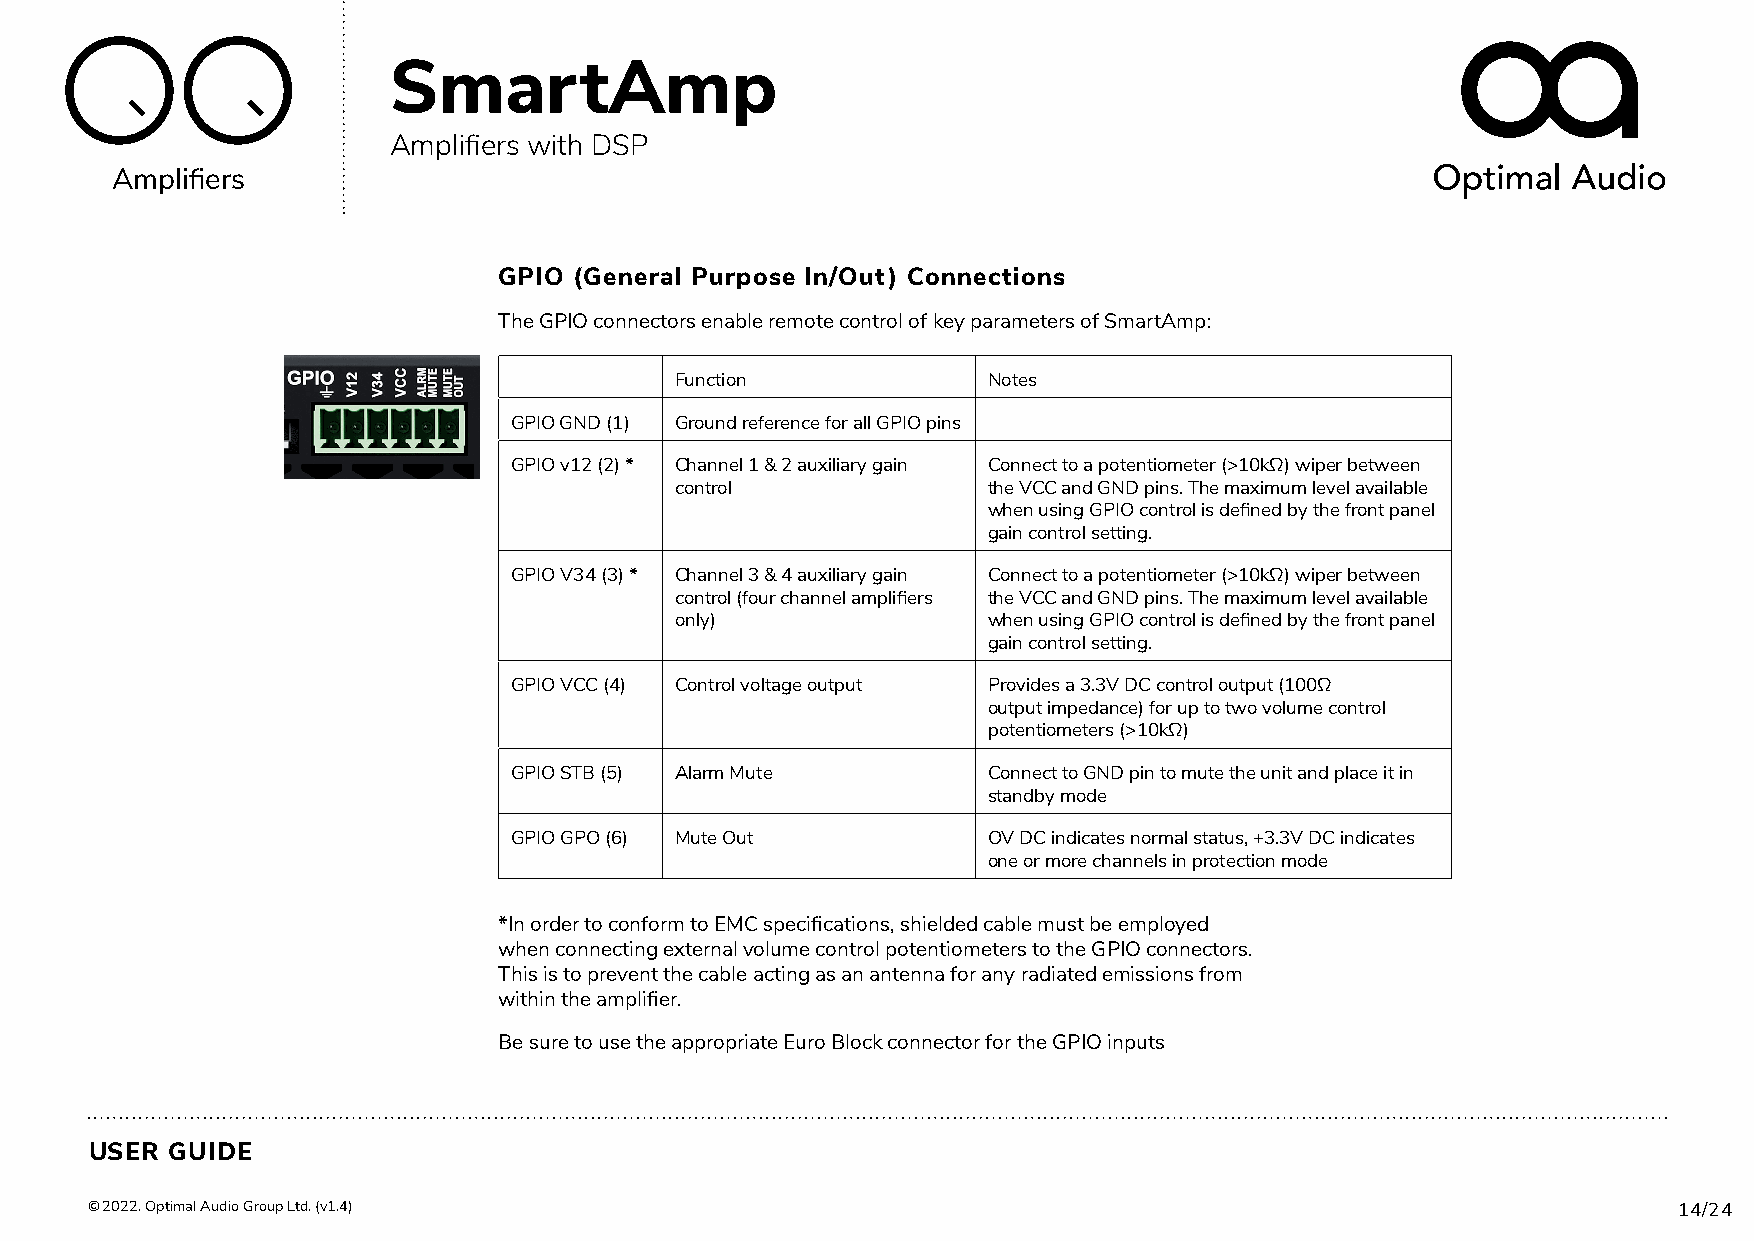
SmartAmp
 Amplifiers with DSP
 Amplifiers
 GPIO (General Purpose In/Out) Connections
 The GPIO connectors enable remote control of key parameters of SmartAmp:
 Function            Notes
 GPIO GND (1) Ground reference for all GPIO pins
 GPIO v12 (2) * Channel 1 & 2 auxiliary gain Connect to a potentiometer (>10kΩ) wiper between
 control             the VCC and GND pins. The maximum level available
 when using GPIO control is defined by the front panel
 gain control setting.
 GPIO V34 (3) * Channel 3 & 4 auxiliary gain Connect to a potentiometer (>10kΩ) wiper between
 control (four channel amplifiers the VCC and GND pins. The maximum level available
 only)               when using GPIO control is defined by the front panel
 gain control setting.
 GPIO VCC (4) Control voltage output Provides a 3.3V DC control output (100Ω
 output impedance) for up to two volume control
 potentiometers (>10kΩ)
 GPIO STB (5) Alarm Mute        Connect to GND pin to mute the unit and place it in
 standby mode
 GPIO GPO (6) Mute Out          OV DC indicates normal status, +3.3V DC indicates
 one or more channels in protection mode
 *In order to conform to EMC specifications, shielded cable must be employed
 when connecting external volume control potentiometers to the GPIO connectors.
 This is to prevent the cable acting as an antenna for any radiated emissions from
 within the amplifier.
 Be sure to use the appropriate Euro Block connector for the GPIO inputs
 USER GUIDE
 © 2022. Optimal Audio Group Ltd. (v1.4)                                                                  14/24